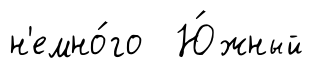
н'емно́го Ю́жный